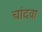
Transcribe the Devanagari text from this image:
चांदवा